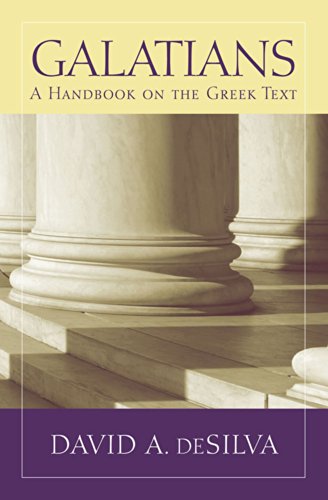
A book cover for Galatians: A Handbook on the Greek Text (Baylor Handbook of the Greek New Testament); David deSilva; Christian Books & Bibles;